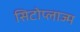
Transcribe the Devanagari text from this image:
सिटोप्लाज्म